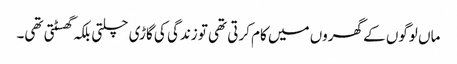
ماں لوگوں کے گھروں میں کام کرتی تھی تو زندگی کی گاڑی چلتی بلکہ گھسٹتی تھی۔